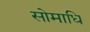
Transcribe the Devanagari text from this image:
सोमाधि